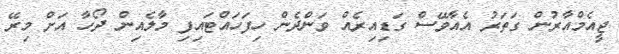
ޖީއެމްއާރުން ގަތަރު އެއާވޭސް ގަޑިއިރެއް ވަންދެން ހިފަހައްޓައިފި މާލެއިން ދޯހާ އަށް މިރޭ